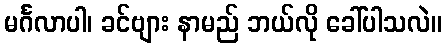
မင်္ဂလာပါ၊ ခင်ဗျား နာမည် ဘယ်လို ခေါ်ပါသလဲ။